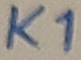
Text: K1